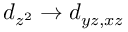
d _ { z ^ { 2 } } \rightarrow d _ { y z , x z }